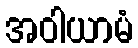
အဝါယာမံ